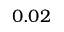
0 . 0 2